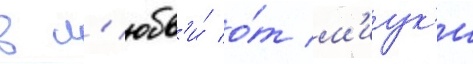
в л'юбв'и́ о́т м'иук'и